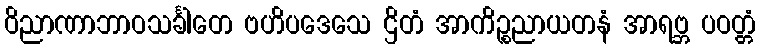
ဝိညာဏာဘာဝသင်္ခါတေ ဗဟိပဒေသေ ဌိတံ အာကိဉ္စညာယတနံ အာရဗ္ဘ ပဝတ္တံ